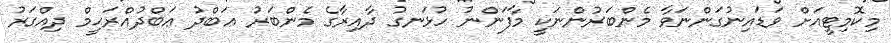
މިކޮމިޓީއަށް ވަޑައިނުގަންނަވާ މެންބަރުންނަކީ މާފަންނު ހުޅަނގު ދާއިރާގެ މެންބަރު ޢަބްދު ޢަބްދުއްރަޙީމް ދިއްގަރު